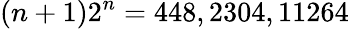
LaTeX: (n+1)2^{n}=448,2304,11264